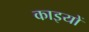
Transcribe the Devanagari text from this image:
काइयों